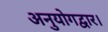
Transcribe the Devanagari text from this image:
अनुयोगद्वार।